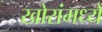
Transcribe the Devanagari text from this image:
खोरांमध्ये